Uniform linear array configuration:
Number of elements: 8
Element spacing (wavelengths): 0.75
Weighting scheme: kaiser
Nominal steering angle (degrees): -15
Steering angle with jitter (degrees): -13.495
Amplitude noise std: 0.05
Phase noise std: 0.05

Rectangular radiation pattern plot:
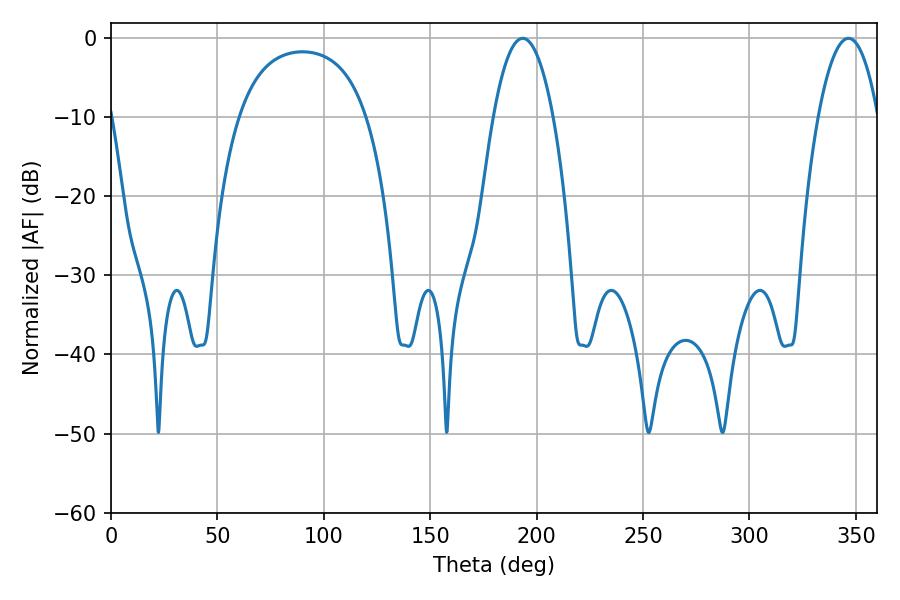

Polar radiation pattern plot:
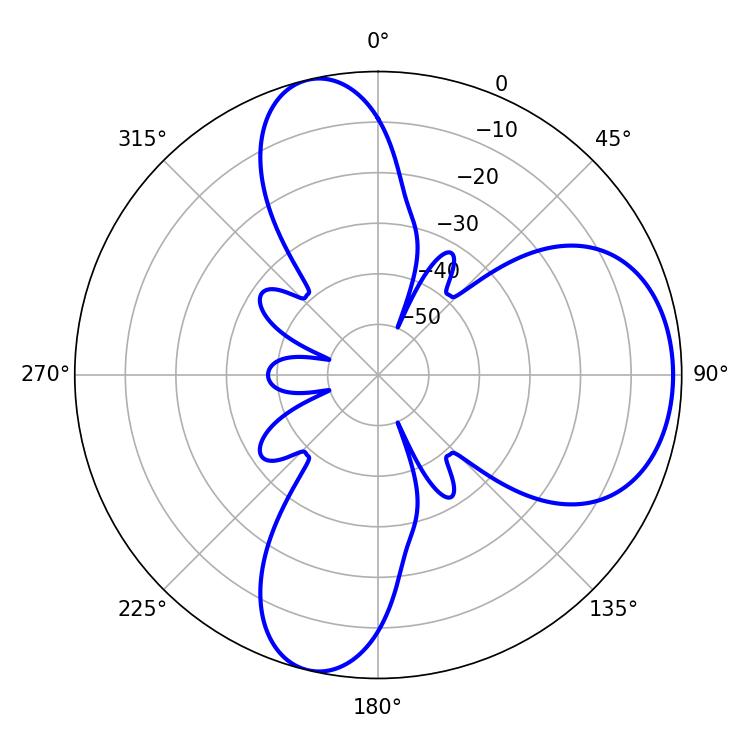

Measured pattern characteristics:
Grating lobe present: TRUE
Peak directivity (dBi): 7.792
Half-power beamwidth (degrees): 15.66
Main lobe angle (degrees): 193.5